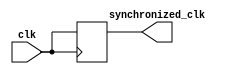
module TimingControlAndSync (
    input wire clk,
    output wire synchronized_clk
);

reg [3:0] counter;

// Synchronize the input clock signal
always @(posedge clk) begin
    synchronized_clk <= clk;
end

// Timing control for generating synchronized clock signals
always @(posedge synchronized_clk) begin
    if (counter == 3'd7) begin
        counter <= 3'd0;
    end else begin
        counter <= counter + 1;
    end
end

endmodule